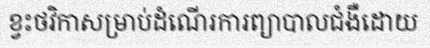
ខ្វះថវិកាសម្រាប់ដំណើរការព្យាបាលជំងឺដោយ